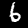
Digit: 6